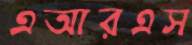
এআরএস